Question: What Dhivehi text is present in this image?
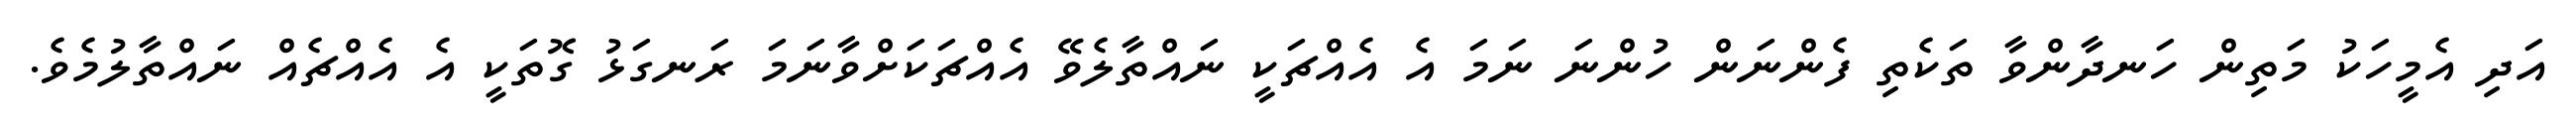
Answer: އަދި އެމީހަކު މަތިން ހަނދާންވާ ތަކެތި ފެންނަން ހުންނަ ނަމަ އެ އެއްޗަކީ ނައްތާލެވޭ އެއްޗަކަށްވާނަމަ ރަނގަޅު ގޮތަކީ އެ އެއްޗެއް ނައްތާލުމެވެ.